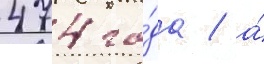
474 го́да / а́